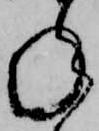
ね